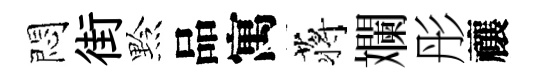
悶街黔品寓蒋斕彤禳